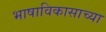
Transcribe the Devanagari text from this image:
भाषाविकासाच्या